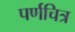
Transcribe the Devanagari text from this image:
पर्णचित्र